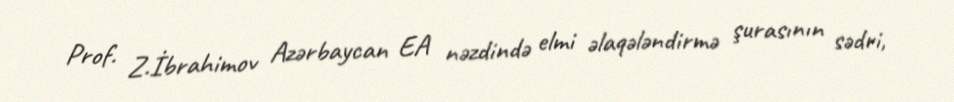
Prof. Z.İbrahimov Azərbaycan EA nəzdində elmi əlaqələndirmə şurasının sədri,